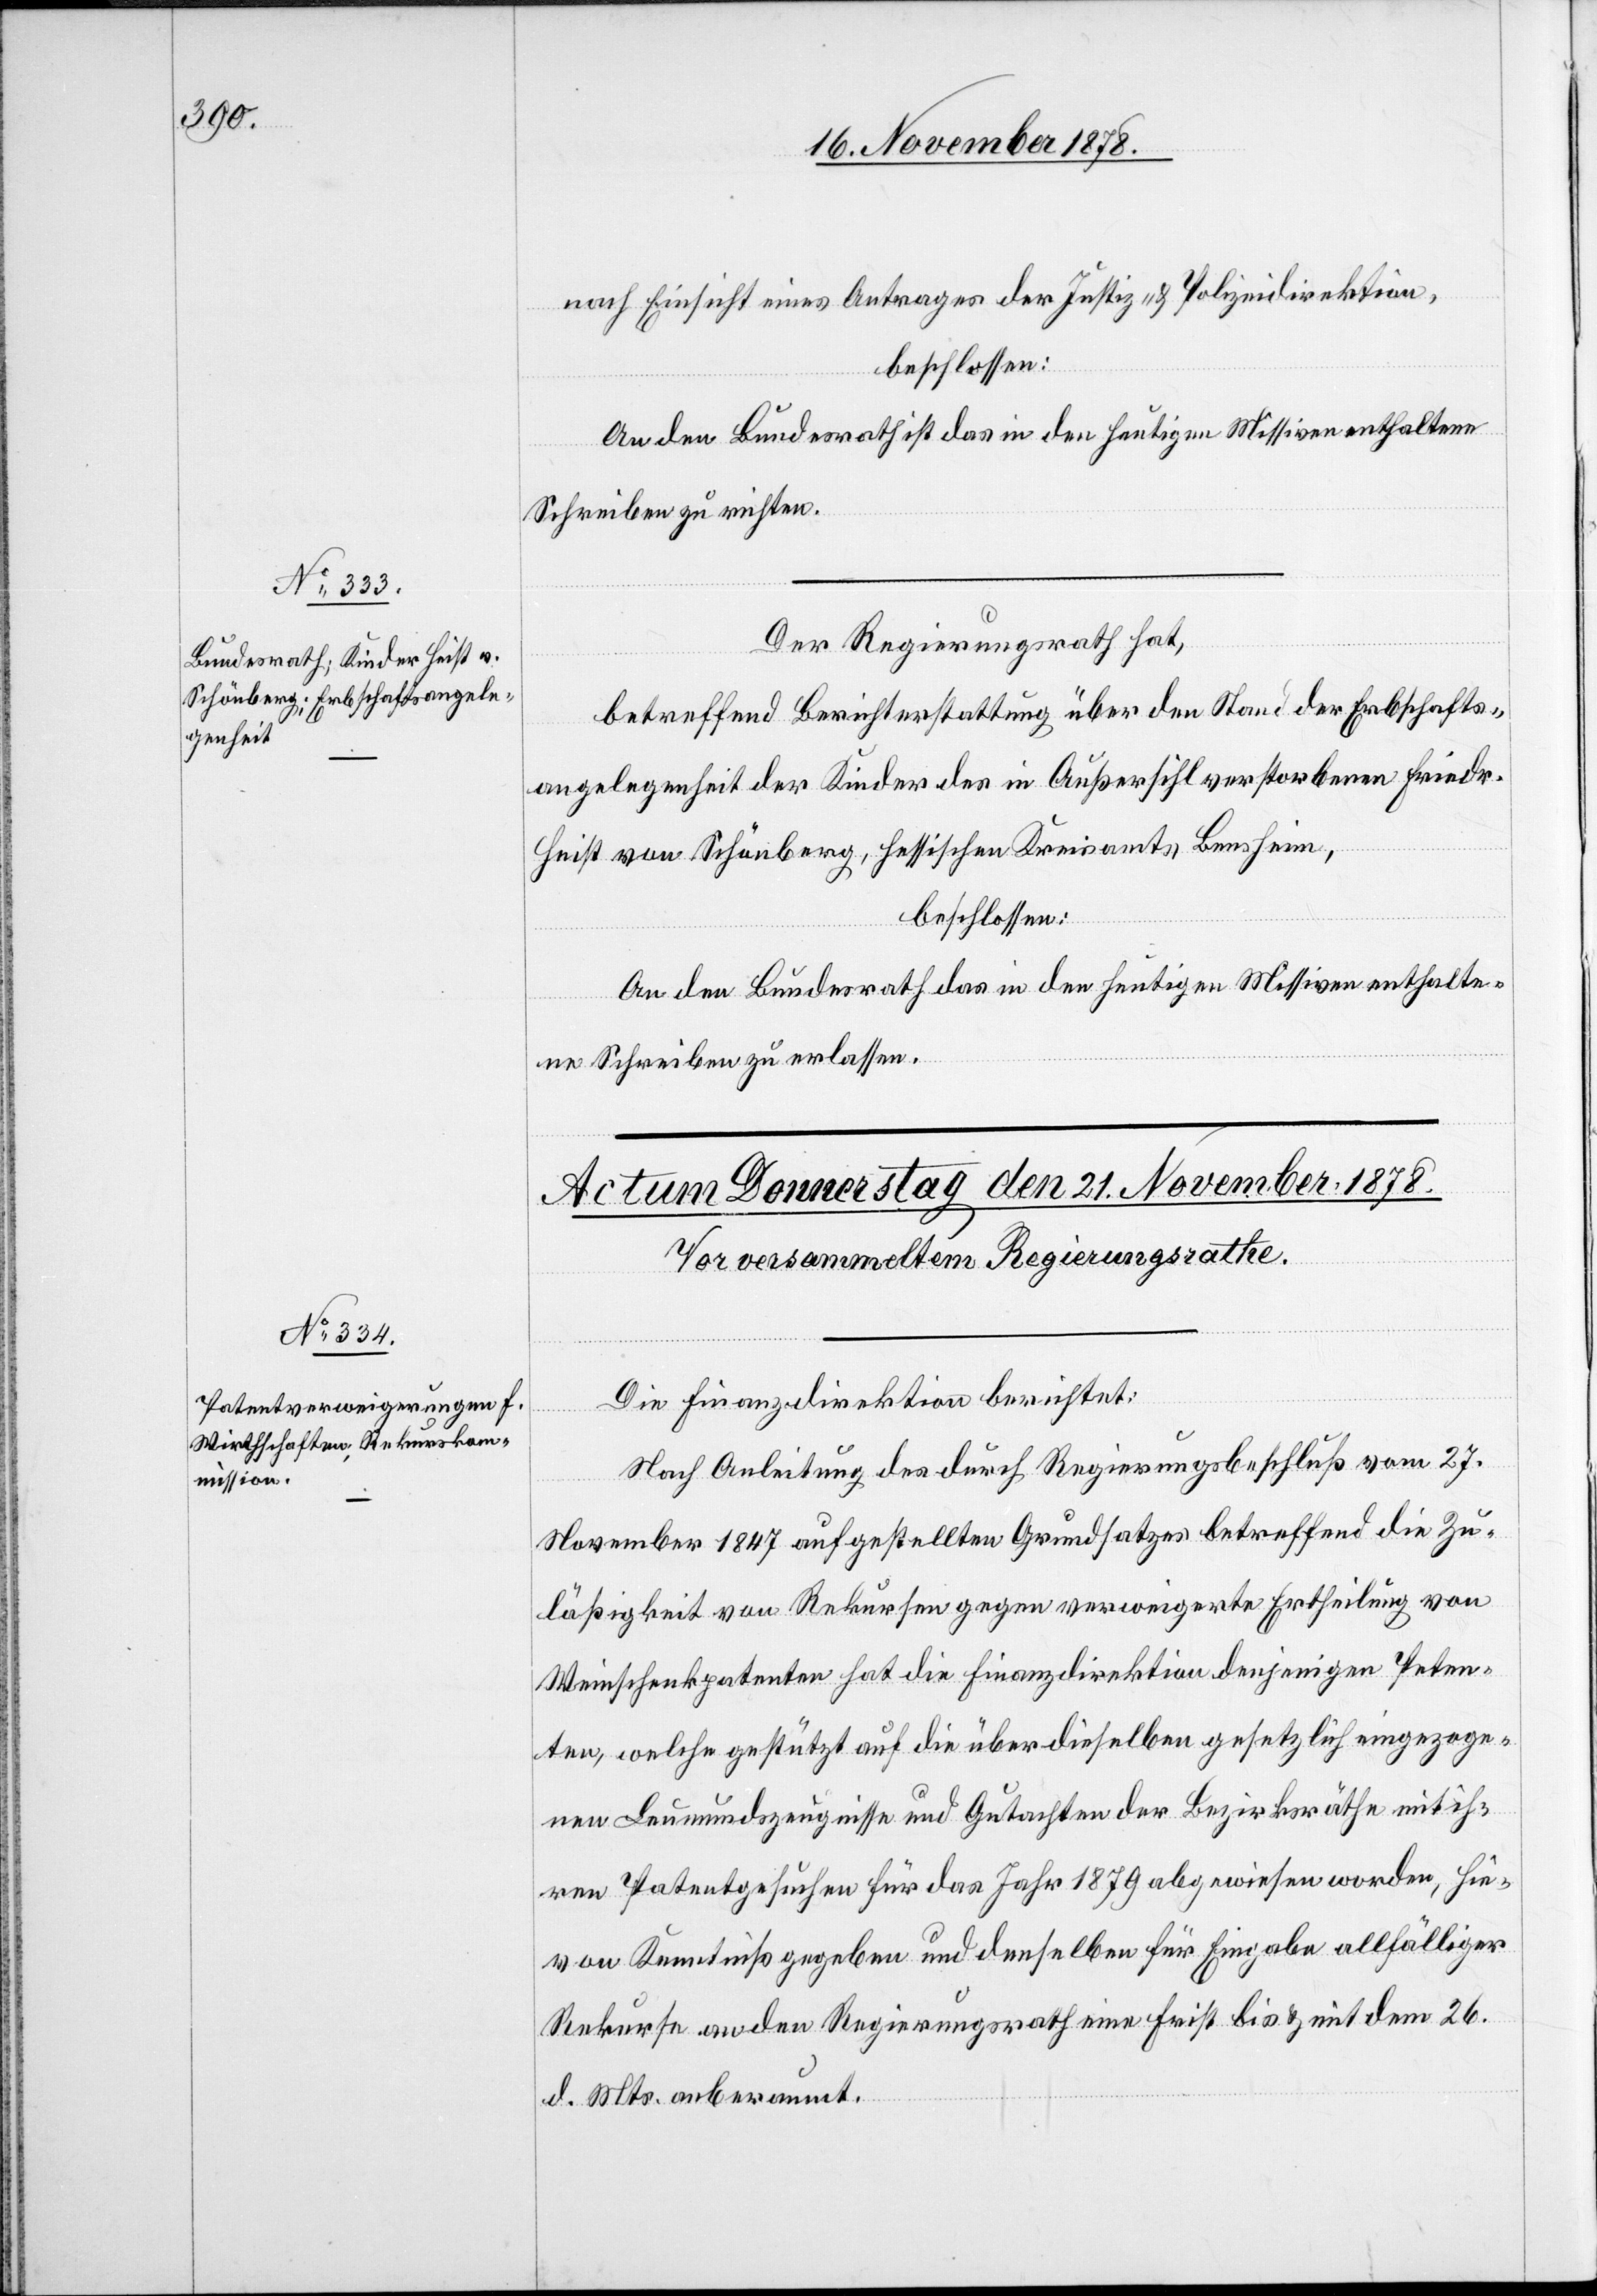
16. November 1878.]
nach Einsicht eines Antrages der Justiz- & Polizeidirektion,
beschlossen:
An den Bundesrath ist das in den heutigen Missiven enthaltene
Schreiben zu richten.
Der Regierungsrath hat,
betreffend Berichterstattung über den Stand der Erbschafts¬
angelegenheit der Kinder des in Außersihl verstorbenen Friedr.
Heist von Schönberg, hessischen Kreisamt Bensheim,
beschlossen:
An den Bundesrath das in den heutigen Missiven enthalte¬
ne Schreiben zu erlassen.
Die Finanzdirektion berichtet:
Nach Anleitung des durch Regierungsbeschluß vom 27.
November 1847 aufgestellten Grundsatzes betreffend die Zu¬
lässigkeit von Rekursen gegen verweigerte Ertheilung von
Weinschenkpatenten hat die Finanzdirektion denjenigen Peten¬
ten, welche gestüzt auf die über dieselben gesetzlich eingezoge¬
nen Leumundszeugnisse und Gutachten der Bezirksräthe mit ih¬
ren Patentgesuchen für das Jahr 1879 abgewiesen worden, hie¬
von Kenntniß gegeben und denselben für Eingabe allfälliger
Rekurse an den Regierungsrath eine Frist bis & mit dem 26.
d. Mts. anberaumt.